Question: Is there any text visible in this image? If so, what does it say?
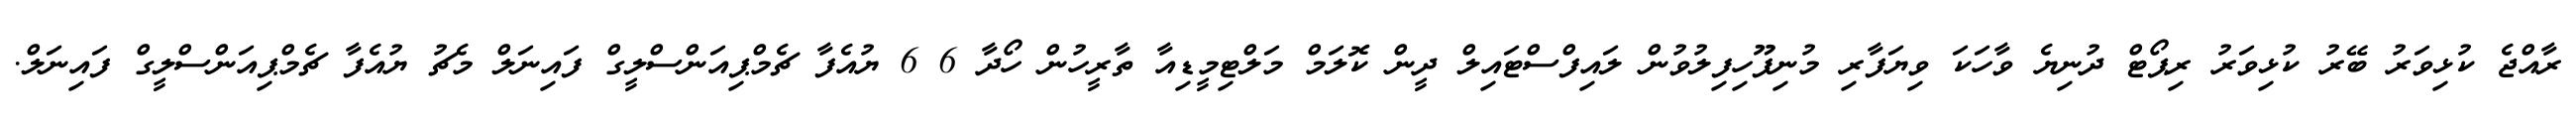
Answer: ރާއްޖެ ކުޅިވަރު ބޭރު ކުޅިވަރު ރިޕޯޓް ދުނިޔެ ވާހަކަ ވިޔަފާރި މުނިފޫހިފިލުވުން ލައިފްސްޓައިލް ދީން ކޮލަމް މަލްޓިމީޑިއާ ތާރީހުން ހޯދާ 6 6 ޔުއެފާ ޗެމްޕިއަންސްލީގް ފައިނަލް މެޗު ޔުއެފާ ޗެމްޕިއަންސްލީގް ފައިނަލް.